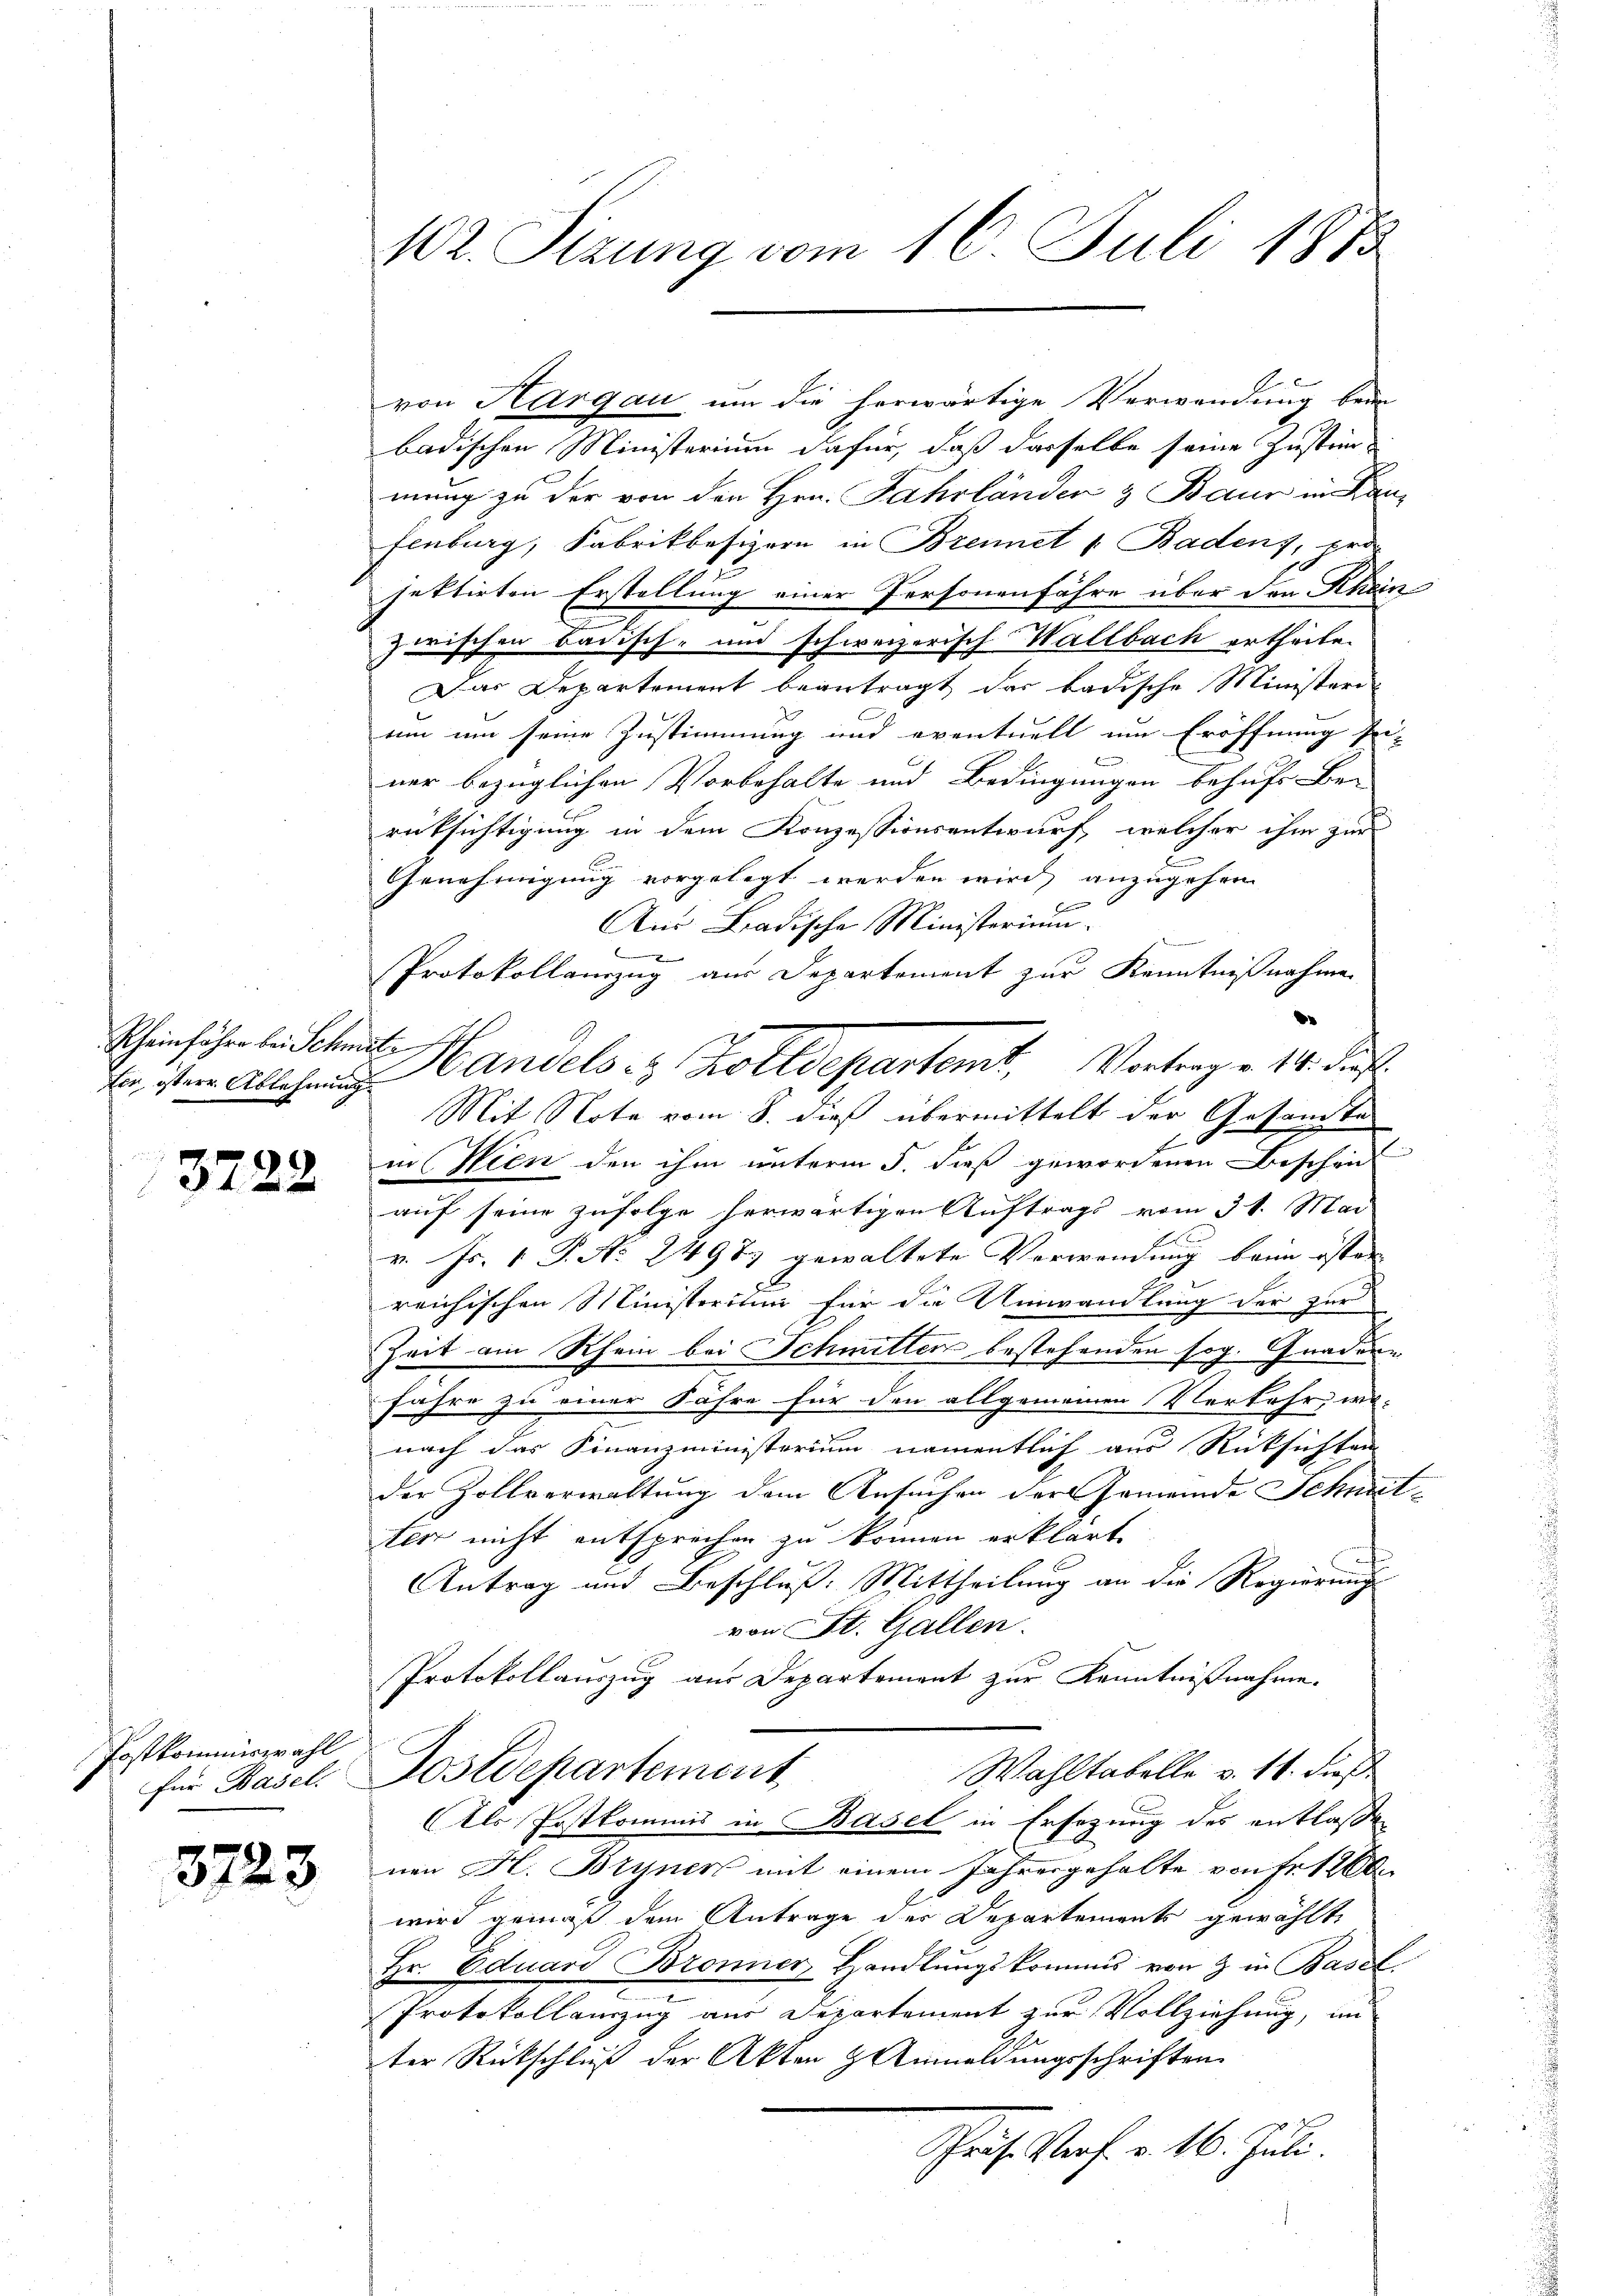
Rheinfahre bei Schmitz

3722

Postkommiswahl
Für Basel

3723

W2. Sizung vom 16. Juli 1873

von Hargau um die herwärtige Verwendung beim
badischen Ministerium dafür, daß dasselbe seine Zustim-
mung zu der von den Hrn. Fahrländen & Baur in Kan-
Fenburg, Fabrikbesizern in Brennet v. Badens, er
jektirten Erstellung einer Personenfahre über den Rhein
zwischen Badisch- und schweizerisch Wallbach ertheile.
Das Departement beantragt das badische Ministeri-
um um seine Zustimmung und eventuell um Eröffnung sei-
be
ner bezüglichen Vorbehalte und Bedingungen behufs Be-
rücksichtigung in dem Konzessionsentwurf, welcher ihm zur
Genehmigung vorgelegt werden wird, anzugehen
Be
Aus Badische Ministerium.

Protokollamzug aus Departement zur Kenntnißnahmen
d
Mit Note vom 8. dieß übermittelt der Gesandte
in Wien den ihm unterm 5. dieß gewordenen Beschrif
auf seine zufolge herwärtigen Auftrags vom 31. Mai
v. Js. 1 P. No 24987 gewaltete Verwendung beim östen
reichischen Ministerium für die Umwandlung der zur
e
Zeit am Rhein bei Schmitten bestehenden sog. Gnadern
fahre zu einer Fähre für den allgemeinen Verkehr, wo-
nach das Finanzministerium namentlich aus Rücksichten
der Zollverwaltung dem Ansuchen der Gemeinde Schmit-
ten nicht entsprechen zu können erklärt,
Antrag und Beschluß: Mittheilung an die Regierung
von St. Gallen.
Protokollauszug aus Departement zur Kenntnißnahme.
Wahltabelle v. 11. dies
ostdepartement
Als Postkommis in Basel in Ersezung des entlaße
nen H. Bryner mit einem Jahresgehalte von Fr. 1200
wird gemäß dem Antrage des Departements gewählte
Hr. Eduard Bronner, Handlŭngskommes von & in Basel.
Protokollamzug aus Departement zur Vollziehung, in
ter Rückschluß der Akten Anmeldungsschriften.
Schruf Porf. v. 16. Juli.

E iter Abschnen Handels es Zolldepartemt, Vortrage 14. ds.